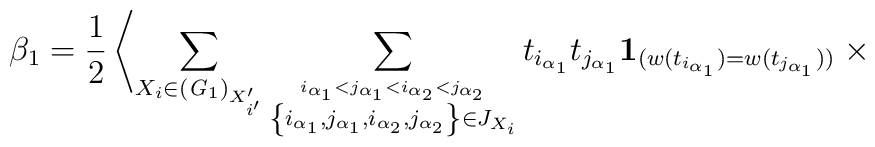
\beta_1=\frac{1}{2}\left\langle\sum_{X_i\in ({\it G}_1)_{X'_{i'}}}\sum_{\stackrel{i_{\alpha_{1}}< j_{\alpha_{1}}<i_{\alpha_{2}}< j_{\alpha_{2}}}{\left\{i_{\alpha_{1}},j_{\alpha_{1}},i_{\alpha_{2}},j_{\alpha_{2}}\right\}\in J_{X_{i}}}}t_{i_{\alpha_{1}}}t_{j_{\alpha_{1}}}{\bf 1}_{(w(t_{i_{\alpha_{1}}})=w(t_{j_{\alpha_{1}}}))}\right. \times